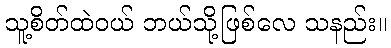
သူ့စိတ်ထဲဝယ် ဘယ်သို့ဖြစ်လေ သနည်း။